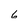
Character: 6